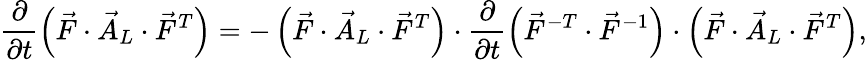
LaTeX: \frac{\partial}{\partial t}\left(\vec{F}\cdot\vec{A}_{L}\cdot\vec{F}^{T}\right)=-\left(\vec{F}\cdot\vec{A}_{L}\cdot\vec{F}^{T}\right)\cdot\frac{\partial}{\partial t}\left(\vec{F}^{-T}\cdot\vec{F}^{-1}\right)\cdot\left(\vec{F}\cdot\vec{A}_{L}\cdot\vec{F}^{T}\right),